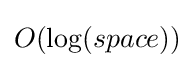
O(\log(space))